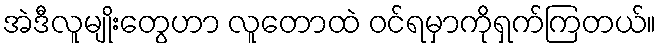
အဲဒီလူမျိုးတွေဟာ လူတောထဲ ဝင်ရမှာကိုရှက်ကြတယ်။